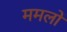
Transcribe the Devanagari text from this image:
ममलों